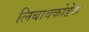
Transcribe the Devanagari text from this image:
लिबावकोडेक